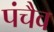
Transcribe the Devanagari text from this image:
पंचैव